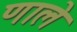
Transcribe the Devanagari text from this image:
णाले